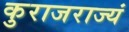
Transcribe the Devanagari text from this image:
कुराजराज्यं